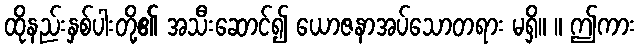
ထိုနည်းနှစ်ပါးတို့၏ အသီးဆောင်၍ ယောဇနာအပ်သောတရား မရှိ။ ။ ဤကား